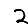
Digit: 2